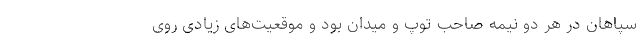
سپاهان در هر دو نیمه صاحب توپ و میدان بود و موقعیت‌های زیادی روی